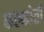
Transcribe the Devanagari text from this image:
कल्कोती